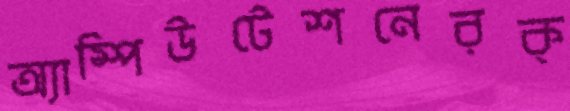
অ্যাম্পিউটেশনেরক্